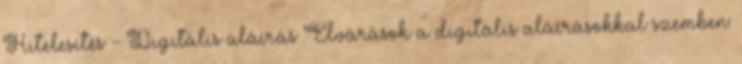
Hitelesítés - Digitális aláírás Elvárások a digitális aláírásokkal szemben: